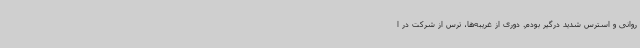
روانی و استرس شدید درگیر بودم. دوری از غریبه‌ها، ترس از شرکت در ا